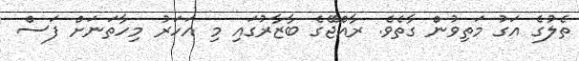
ތެލުގެ އަގު މަތިވުން ގާތެވެ. ރާއްޖޭގެ ބާޒާރުގައި މި އަހަރު މިހާތަނަށް ފަސް